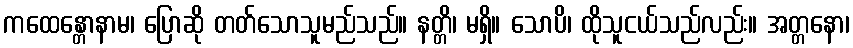
ကထေန္တောနာမ၊ ပြောဆို တတ်သောသူမည်သည်။ နတ္တိ၊ မရှိ။ သောပိ၊ ထိုသူငယ်သည်လည်း။ အတ္တနော၊